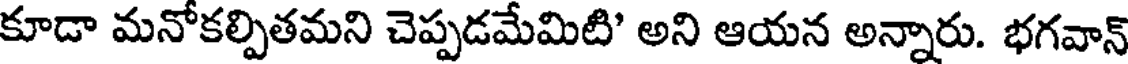
కూడా మనోకల్పితమని చెప్పడమేమిటి' అని ఆయన అన్నారు. భగవాన్